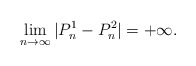
\begin{align*}\lim_{n \to \infty}|P_n^1 - P_n^2| = +\infty.\end{align*}